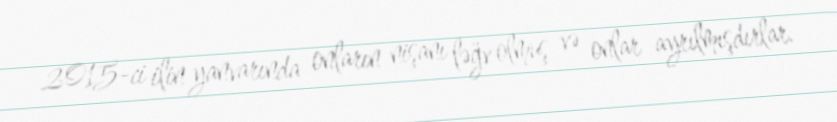
2015-ci ilin yanvarında onların nişanı ləğv olmuş və onlar ayrılmışdırlar.